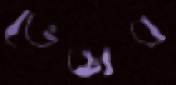
ভেঙাব